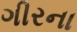
ગીરના